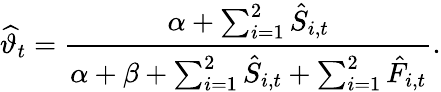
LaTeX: \widehat{\vartheta}_{t}=\frac{\alpha+\sum_{i=1}^{2}\hat{S}_{i,t}}{\alpha+\beta+\sum_{i=1}^{2}\hat{S}_{i,t}+\sum_{i=1}^{2}\hat{F}_{i,t}}.